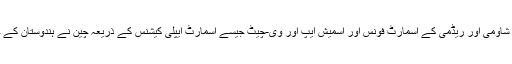
ہماری اطلاع کہتی ہے کہ ہچیسن اور اس کی شراکت دار شاؤمی اور ریڈمی کے اسمارٹ فونس اور اسمیش ایپ اور وی-چیٹ جیسے اسمارٹ ایپلی کیشنس کے ذریعہ چین نے ہندوستان کے خلاف خوب جاسوسی کی اور اسے پاکستان سے شیئر کیا۔